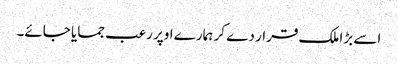
اسے بڑا ملک قرار دے کر ہمارے اوپر رعب جمایا جائے۔